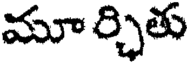
మూ ర్చితు